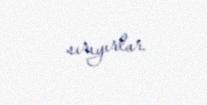
sırıyırlar.